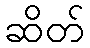
ဆိတ်